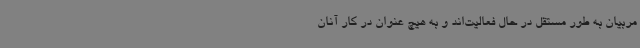
مربیان به طور مستقل در حال فعالیت‌اند و به هیچ عنوان در کار آنان